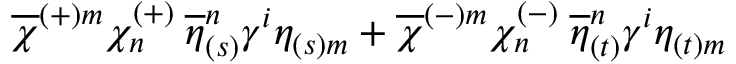
\overline { { { \chi } } } ^ { ( + ) m } \chi _ { n } ^ { ( + ) } \: \overline { { { \eta } } } _ { ( s ) } ^ { n } \gamma ^ { i } \eta _ { ( s ) m } + \overline { { { \chi } } } ^ { ( - ) m } \chi _ { n } ^ { ( - ) } \: \overline { { { \eta } } } _ { ( t ) } ^ { n } \gamma ^ { i } \eta _ { ( t ) m }